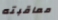
معاقبته